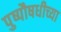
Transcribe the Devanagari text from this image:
पुष्पौषधीच्या